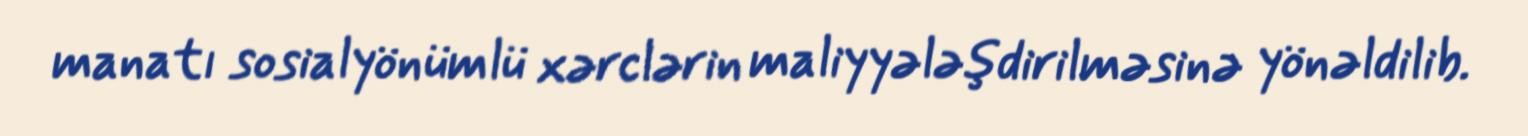
manatı sosialyönümlü xərclərin maliyyələşdirilməsinə yönəldilib.